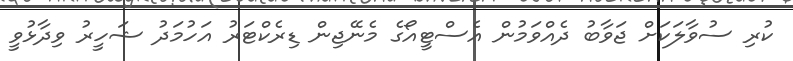
ކުރި ސުވާލަކަށް ޖަވާބު ދެއްވަމުން އެސްޓީއޯގެ މެނޭޖިން ޑިރެކްޓަރު އަހުމަދު ޝަހީރު ވިދާޅުވީ